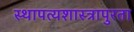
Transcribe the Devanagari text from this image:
स्थापत्यशास्त्रापुरता